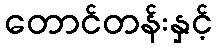
တောင်တန်းနှင့်